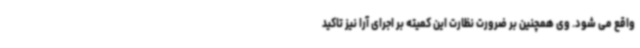
واقع می شود. وی همچنین بر ضرورت نظارت این کمیته بر اجرای آرا نیز تاکید